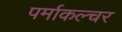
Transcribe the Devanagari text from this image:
पर्माकल्चर